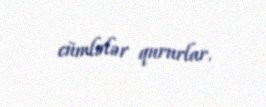
cümlələr qururlar.